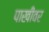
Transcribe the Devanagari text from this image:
पाखीवर